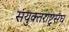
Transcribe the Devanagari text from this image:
संयुक्तराष्ट्रसंघ